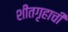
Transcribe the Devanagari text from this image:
शीतगृहाची